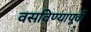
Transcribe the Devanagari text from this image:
वसविण्यापूर्वी